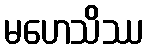
မဟေသိဿ